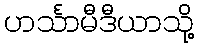
ဟင်္သာမီဒီယာသို့